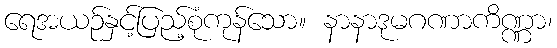
ရေအယဉ်နှင့်ပြည့်စုံကုန်သော။ နာနာဒုမဂဏာကိဏ္ဏာ၊